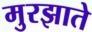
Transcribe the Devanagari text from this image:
मुरझाते